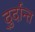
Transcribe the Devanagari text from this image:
दु्र्दान्त